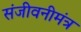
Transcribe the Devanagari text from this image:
संजीवनीमंत्र